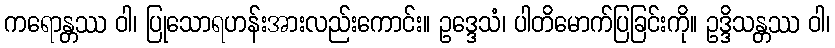
ကရောန္တဿ ဝါ၊ ပြုသောရဟန်းအားလည်းကောင်း။ ဥဒ္ဒေသံ၊ ပါတိမောက်ပြခြင်းကို။ ဥဒ္ဒိသန္တဿ ဝါ၊